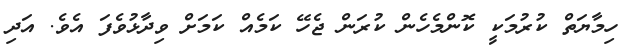
ހިމާޔަތް ކުރުމަކީ ކޮންމެހެން ކުރަން ޖެހޭ ކަމެއް ކަމަށް ވިދާޅުވެފަ އެވެ. އަދި